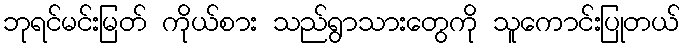
ဘုရင်မင်းမြတ် ကိုယ်စား သည်ရွာသားတွေကို သူကောင်းပြုတယ်